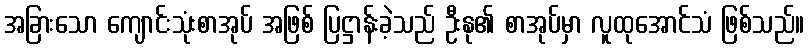
အခြားသော ကျောင်းသုံးစာအုပ် အဖြစ် ပြဋ္ဌာန်းခဲ့သည် ဦးနု၏ စာအုပ်မှာ လူထုအောင်သံ ဖြစ်သည်။